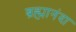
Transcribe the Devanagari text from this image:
ब्रह्मानंदा